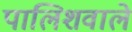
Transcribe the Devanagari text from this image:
पालिशवाले